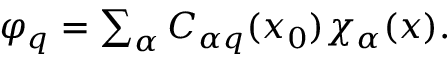
\begin{array} { r } { \varphi _ { q } = \sum _ { \alpha } C _ { \alpha q } ( \boldsymbol { x } _ { 0 } ) \chi _ { \alpha } ( \boldsymbol { x } ) . } \end{array}